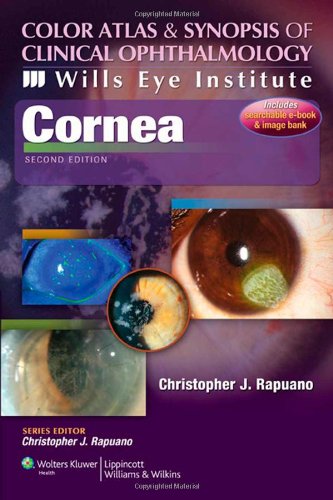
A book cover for Wills Eye Institute - Cornea (Color Atlas and Synopsis of Clinical Ophthalmology); Christopher J Rapuano MD; Medical Books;